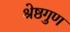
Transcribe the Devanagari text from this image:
श्रेष्ठगुण